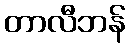
တာလီဘန်